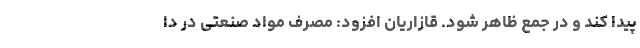
پیدا کند و در جمع ظاهر شود. قازاریان افزود: مصرف مواد صنعتی در دا